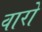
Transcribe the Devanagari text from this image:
वारो